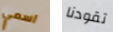
اسمي تقودنا